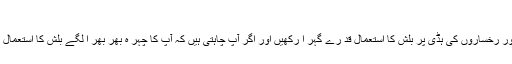
ٹیو ین ٹچ
چہر ے پر بیس کے طور پر کر یمی فا ؤنڈیشن کا استعمال کر یں اور رخساروں کی ہڈی پر بلش کا استعمال قد رے گہر ا رکھیں اور اگر آپ چاہتی ہیں کہ آپ کا چہر ہ بھر بھر ا لگے بلش کا استعمال اسٹر و کس کے ذریعے نیچے اوپر کی جا نب اور مکمل پر کر یں۔